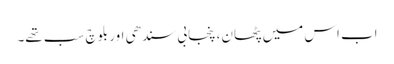
اب اس میں پٹھان، پنجابی سندھی اور بلوچ سب تھے۔